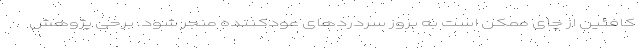
کافئین از چای ممکن است به بروز سردردهای عودکننده منجر شود. برخی پژوهش